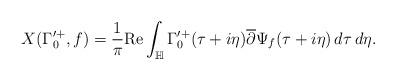
LaTeX: \begin{align*}X(\Gamma'^{+}_{0},f) = \frac{1}{\pi}\mathrm{Re}\int_{\mathbb{H}}\Gamma'^{+}_{0}(\tau+i\eta)\overline{\partial} \Psi_{f}(\tau+i\eta)\,d\tau\,d\eta .\end{align*}